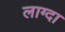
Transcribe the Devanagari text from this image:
लाग्दा